Scottish Leaving Certificate Examination, 1956
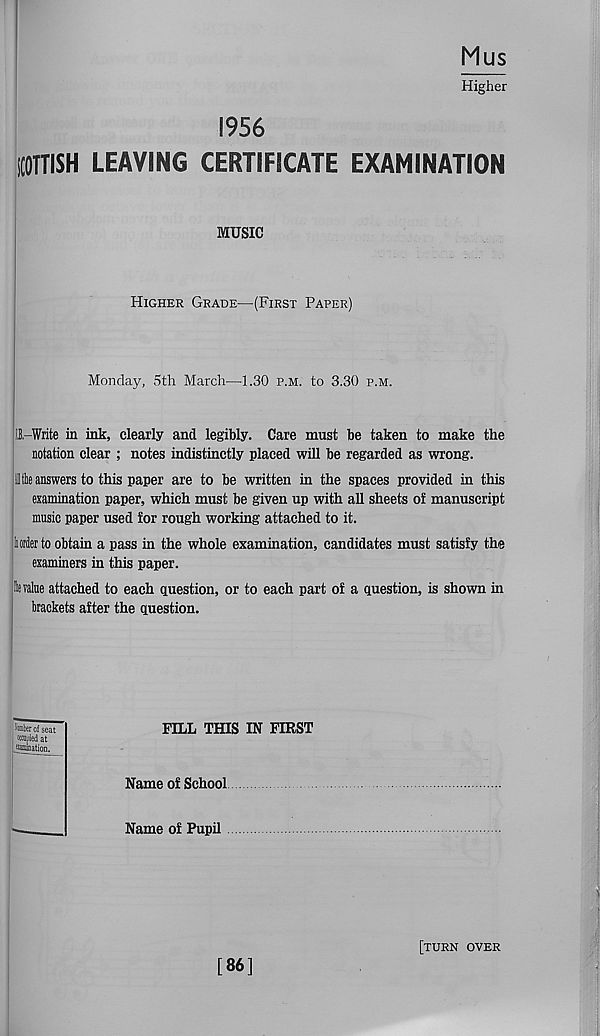
Mus
Higher
1956
SCOTTISH LEAVING CERTIFICATE EXAMINATION
MUSIC
Higher Grade—(First Paper)
Monday, 5th March—1.30 p.m. to 3.30 p.m.
IJ,-Write in ink, clearly and legibly. Care must be taken to make the
notation clear ; notes indistinctly placed will be regarded as wrong.
II le answers to this paper are to be written in the spaces provided in this
examination paper, which must be given up with all sheets of manuscript
music paper used for rough working attached to it.
t i order to obtain a pass in the whole examination, candidates must satisfy the
examiners in this paper.
jfc value attached to each question, or to each part of a question, is shown in
brackets after the question.
bomber of seat
occupi ed at
fiammation.
FILL THIS IN FIRST
Name of School
Name of Pupil
[86]
[turn over